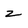
Character: z